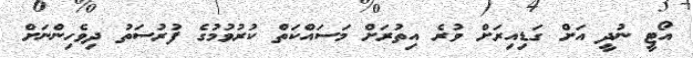
އޯޓީ ނުދީ އަށް ގަޑިއިރަށް ވުރެ އިތުރަށް މަސައްކަތް ކުރުވުމުގެ ފުރުސަތު ދިވެހިންނަށް